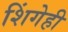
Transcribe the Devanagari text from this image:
शिंगेही